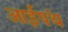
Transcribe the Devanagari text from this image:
आईपंथ